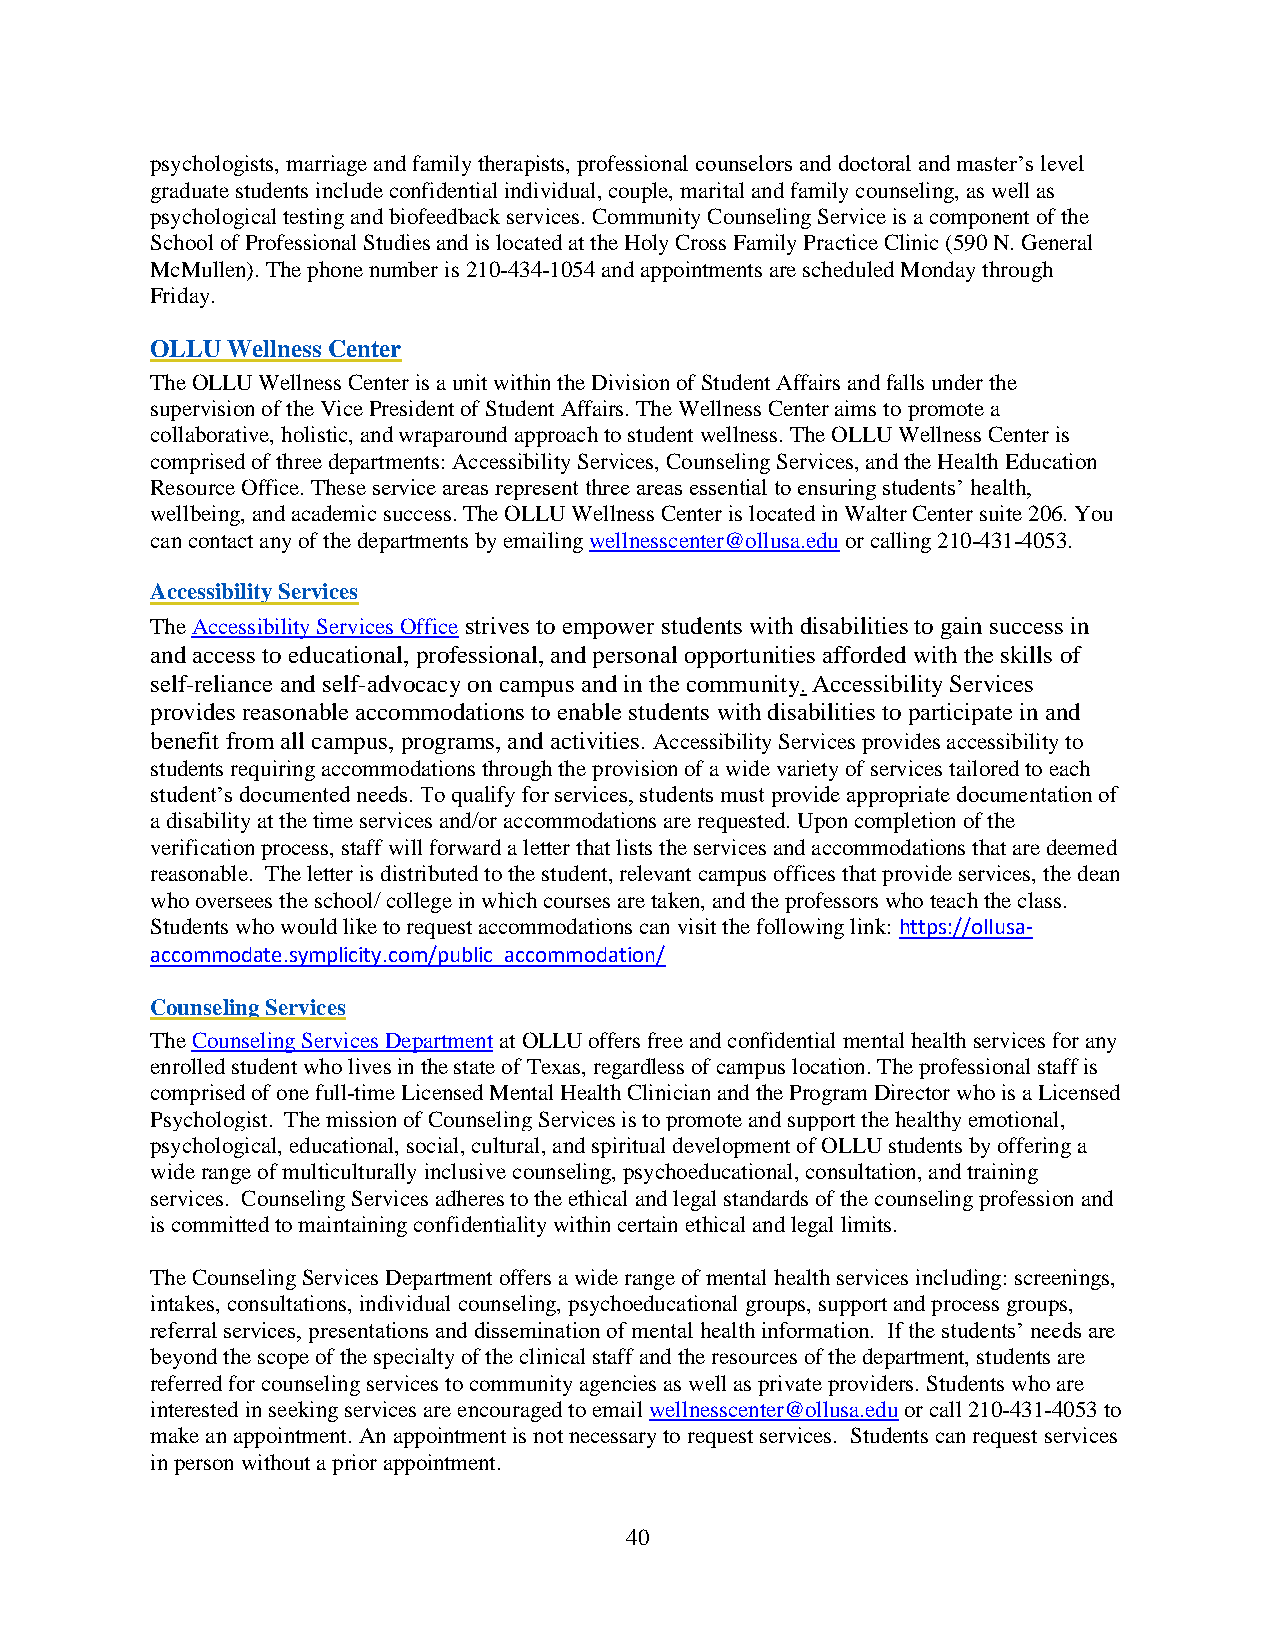
psychologists, marriage and family therapists, professional counselors and doctoral and master’s level
 graduate students include confidential individual, couple, marital and family counseling, as well as
 psychological testing and biofeedback services. Community Counseling Service is a component of the
 School of Professional Studies and is located at the Holy Cross Family Practice Clinic (590 N. General
 McMullen). The phone number is 210-434-1054 and appointments are scheduled Monday through
 Friday.
 OLLU Wellness Center
 The OLLU Wellness Center is a unit within the Division of Student Affairs and falls under the
 supervision of the Vice President of Student Affairs. The Wellness Center aims to promote a
 collaborative, holistic, and wraparound approach to student wellness. The OLLU Wellness Center is
 comprised of three departments: Accessibility Services, Counseling Services, and the Health Education
 Resource Office. These service areas represent three areas essential to ensuring students’ health,
 wellbeing, and academic success. The OLLU Wellness Center is located in Walter Center suite 206. You
 can contact any of the departments by emailing wellnesscenter@ollusa.edu or calling 210-431-4053.
 Accessibility Services
 The Accessibility Services Office strives to empower students with disabilities to gain success in
 and access to educational, professional, and personal opportunities afforded with the skills of
 self-reliance and self-advocacy on campus and in the community. Accessibility Services
 provides reasonable accommodations to enable students with disabilities to participate in and
 benefit from all campus, programs, and activities. Accessibility Services provides accessibility to
 students requiring accommodations through the provision of a wide variety of services tailored to each
 student’s documented needs. To qualify for services, students must provide appropriate documentation of
 a disability at the time services and/or accommodations are requested. Upon completion of the
 verification process, staff will forward a letter that lists the services and accommodations that are deemed
 reasonable. The letter is distributed to the student, relevant campus offices that provide services, the dean
 who oversees the school/ college in which courses are taken, and the professors who teach the class.
 Students who would like to request accommodations can visit the following link: https://ollusa-
 accommodate.symplicity.com/public_accommodation/
 Counseling Services
 The Counseling Services Department at OLLU offers free and confidential mental health services for any
 enrolled student who lives in the state of Texas, regardless of campus location. The professional staff is
 comprised of one full-time Licensed Mental Health Clinician and the Program Director who is a Licensed
 Psychologist. The mission of Counseling Services is to promote and support the healthy emotional,
 psychological, educational, social, cultural, and spiritual development of OLLU students by offering a
 wide range of multiculturally inclusive counseling, psychoeducational, consultation, and training
 services. Counseling Services adheres to the ethical and legal standards of the counseling profession and
 is committed to maintaining confidentiality within certain ethical and legal limits.
 The Counseling Services Department offers a wide range of mental health services including: screenings,
 intakes, consultations, individual counseling, psychoeducational groups, support and process groups,
 referral services, presentations and dissemination of mental health information. If the students’ needs are
 beyond the scope of the specialty of the clinical staff and the resources of the department, students are
 referred for counseling services to community agencies as well as private providers. Students who are
 interested in seeking services are encouraged to email wellnesscenter@ollusa.edu or call 210-431-4053 to
 make an appointment. An appointment is not necessary to request services. Students can request services
 in person without a prior appointment.
 40